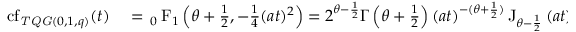
\begin{array} { r l } { \operatorname { c f } _ { \mathit { T Q G } ( 0 , 1 , q ) } ( t ) } & { { } = { \, _ { 0 } \operatorname { F } _ { 1 } } \left( \theta + \frac { 1 } { 2 } , - \frac { 1 } { 4 } ( a t ) ^ { 2 } \right) = 2 ^ { \theta - \frac { 1 } { 2 } } \Gamma \left( \theta + \frac { 1 } { 2 } \right) ( a t ) ^ { - ( \theta + \frac { 1 } { 2 } ) } \operatorname { J } _ { \theta - \frac { 1 } { 2 } } \left( a t \right) } \end{array}